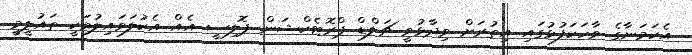
އެކަމަނާގެ ވާހަކަފުޅުގައި އިތުރަށް ވިދާޅުވީ ޗަލްޑް ޕްރޮޓެކްޝަން ޕޮލިސީ އެއް އެކުލަވައިލުމަކީ ތައުލީމީ